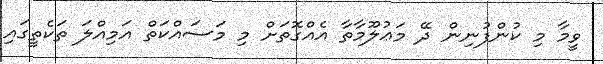
ވީމާ މި ކުންފުނިން ދޭ މަޢުލޫމާތާ އެއްގޮތަށް މި މަސައްކަތް އަމިއްލަ ތަކެތީގައި